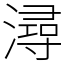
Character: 潯